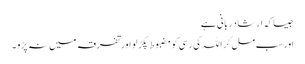
جیسا کہ ارشادِربانی ہے
اور سب مل کر اللہ کی رسی کو مضبوط پکڑ لو اور تفرقہ میں نہ پڑو ۔